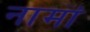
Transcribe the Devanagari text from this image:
नामॊं